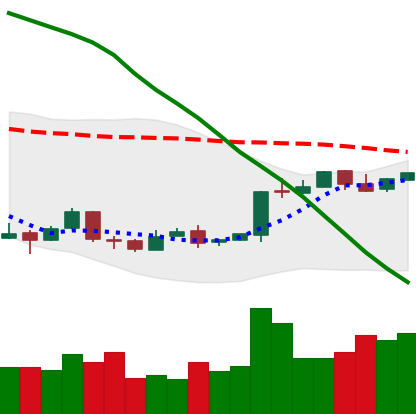
Ticker: BTC-USD
Chart end date: 2018-04-19
Forward return: 16.917%
Label: up_7plus